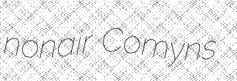
nonair Comyns